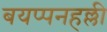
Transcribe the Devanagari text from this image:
बयप्पनहल्ली